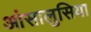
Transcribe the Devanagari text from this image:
आंसालुसिया